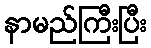
နာမည်ကြီးပြီး